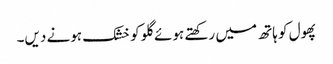
پھول کو ہاتھ میں رکھتے ہوئے گلو کو خشک ہونے دیں۔